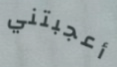
أعجبتني